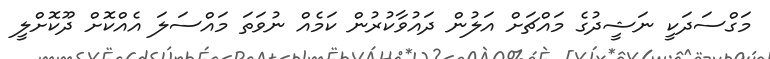
މަގްސަދަކީ ނަޝީދުގެ މައްޗަށް އަލުން ދައުވާކުރުން ކަމެއް ނުވަތަ މައްސަލަ އެއްކޮށް ދޫކޮށްލީ